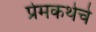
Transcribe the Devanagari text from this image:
प्रेमकथेचे